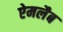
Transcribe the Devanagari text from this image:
ऐमलैब